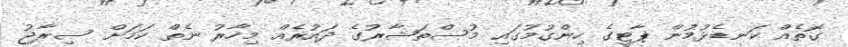
ގޮތެއް ކަނޑެޅުމުން ޕާޓީގެ ހިންގުމުގައި މުސްތަޝާރުގެ ދައުރެއް މިހާރު ނެތް ކަމަށް ސިރާޖު